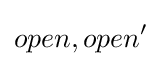
open,open'